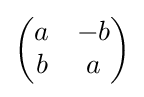
{\begin{pmatrix}a&-b\\b&a\end{pmatrix}}